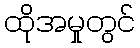
ထိုအမှုတွင်